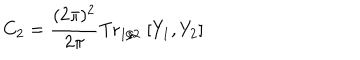
C _ { 2 } = \frac { ( 2 \pi ) ^ { 2 } } { 2 \pi } \mathrm { T r } _ { 1 / 2 } \; [ Y _ { 1 } , Y _ { 2 } ]